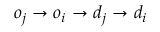
o _ { j } \rightarrow o _ { i } \rightarrow d _ { j } \rightarrow d _ { i }